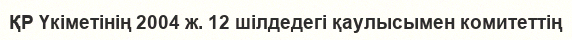
ҚР Үкіметінің 2004 ж. 12 шілдедегі қаулысымен комитеттің